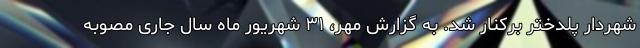
شهردار پلدختر برکنار شد. به گزارش مهر، ۳۱ شهریور ماه سال جاری مصوبه